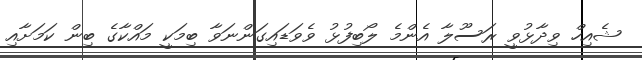
ޝެއިހް ވިދާޅުވީ ރަސޫލާ އެންމެ ލޯބިފުޅު ވެވަޑައިގަންނަވާ ބިމަކީ މައްކާގެ ބިން ކަމަށާއި